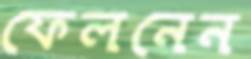
ফেলনেন